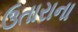
ઉતારાના